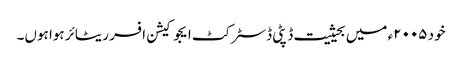
خود ۲۰۰۵ء میں بحیثیت ڈپٹی ڈسٹرکٹ ایجوکیشن افسر ریٹائر ہوا ہوں۔